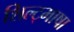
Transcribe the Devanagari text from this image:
शिल्ट्भाषा